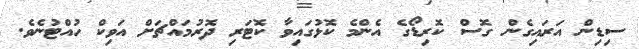
ސިޑިން އަރައިގެން ގޮސް ކޮރިޑޯގެ އެންމެ ކޮޅުގައިވާ ކޮޓަރި ދޮރުމައްޗަށް އަވިކް ހުއްޓުނެވެ.